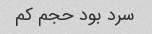
سرد بود حجم کم